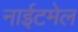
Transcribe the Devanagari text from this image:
नाईटमेल